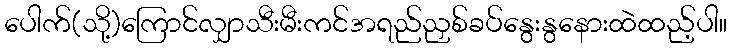
ပေါက်(သို့)ကြောင်လျှာသီးမီးကင်အရည်ညှစ်ခပ်နွေးနွနေားထဲထည့်ပါ။